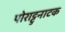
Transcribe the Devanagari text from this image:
पोराट्टुनाटक